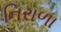
નિરાળા